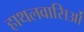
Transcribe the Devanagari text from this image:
हाथलवासिओं